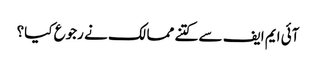
آئی ایم ایف سے کتنے ممالک نے رجوع کیا؟